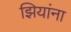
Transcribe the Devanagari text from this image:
झियांना